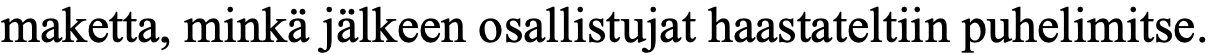
maketta, minkä jälkeen osallistujat haastateltiin puhelimitse.